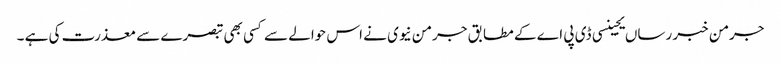
جرمن خبر رساں یجینسی ڈی پی اے کے مطابق جرمن نیوی نے اس حوالے سے کسی بھی تبصرے سے معذرت کی ہے ۔